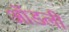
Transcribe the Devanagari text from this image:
ऑडली